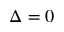
\Delta = 0